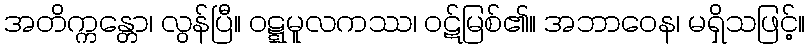
အတိက္ကန္တော၊ လွန်ပြီ။ ဝဋ္ဋမူလကဿ၊ ဝဋ်မြစ်၏။ အဘာဝေန၊ မရှိသဖြင့်။